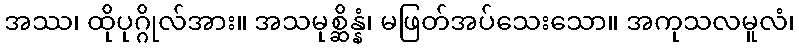
အဿ၊ ထိုပုဂ္ဂိုလ်အား။ အသမုစ္ဆိန္နံ၊ မဖြတ်အပ်သေးသော။ အကုသလမူလံ၊